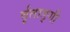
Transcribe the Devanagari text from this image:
र्वृताङ्गी